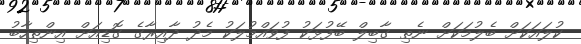
ކުލައަކަށް ބެލުމަކަށް ނެތި ގާބިލް ބޭފުޅަކު ފުވައްމުލަކު މެދު ދާއިރާގެ ގޮޑިއަށް އިންތިހާބު